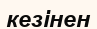
кезінен